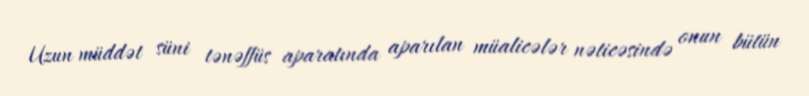
Uzun müddət süni tənəffüs aparatında aparılan müalicələr nəticəsində onun bütün